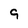
Character: 9